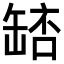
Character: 𮉵